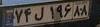
۷۴ل۱۹۶۸۸